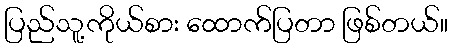
ပြည်သူ့ကိုယ်စား ထောက်ပြတာ ဖြစ်တယ်။